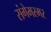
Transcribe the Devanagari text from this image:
संगेमरमर